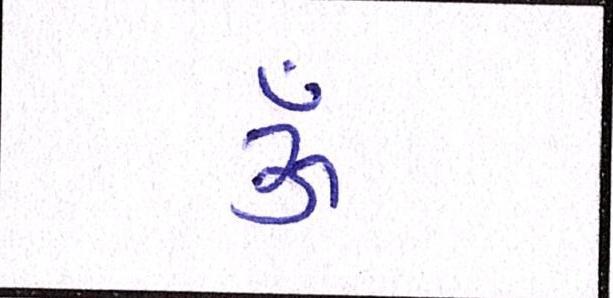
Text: ૐ